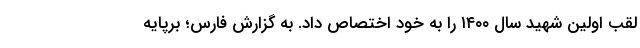
لقب اولین شهید سال ۱۴۰۰ را به خود اختصاص داد. به گزارش فارس؛ برپایه